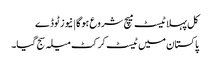
کل پہلا ٹیسٹ میچ شروع ہوگا | نیوز ٹوڈے
پاکستان میں ٹیسٹ کرکٹ میلہ سج گیا۔